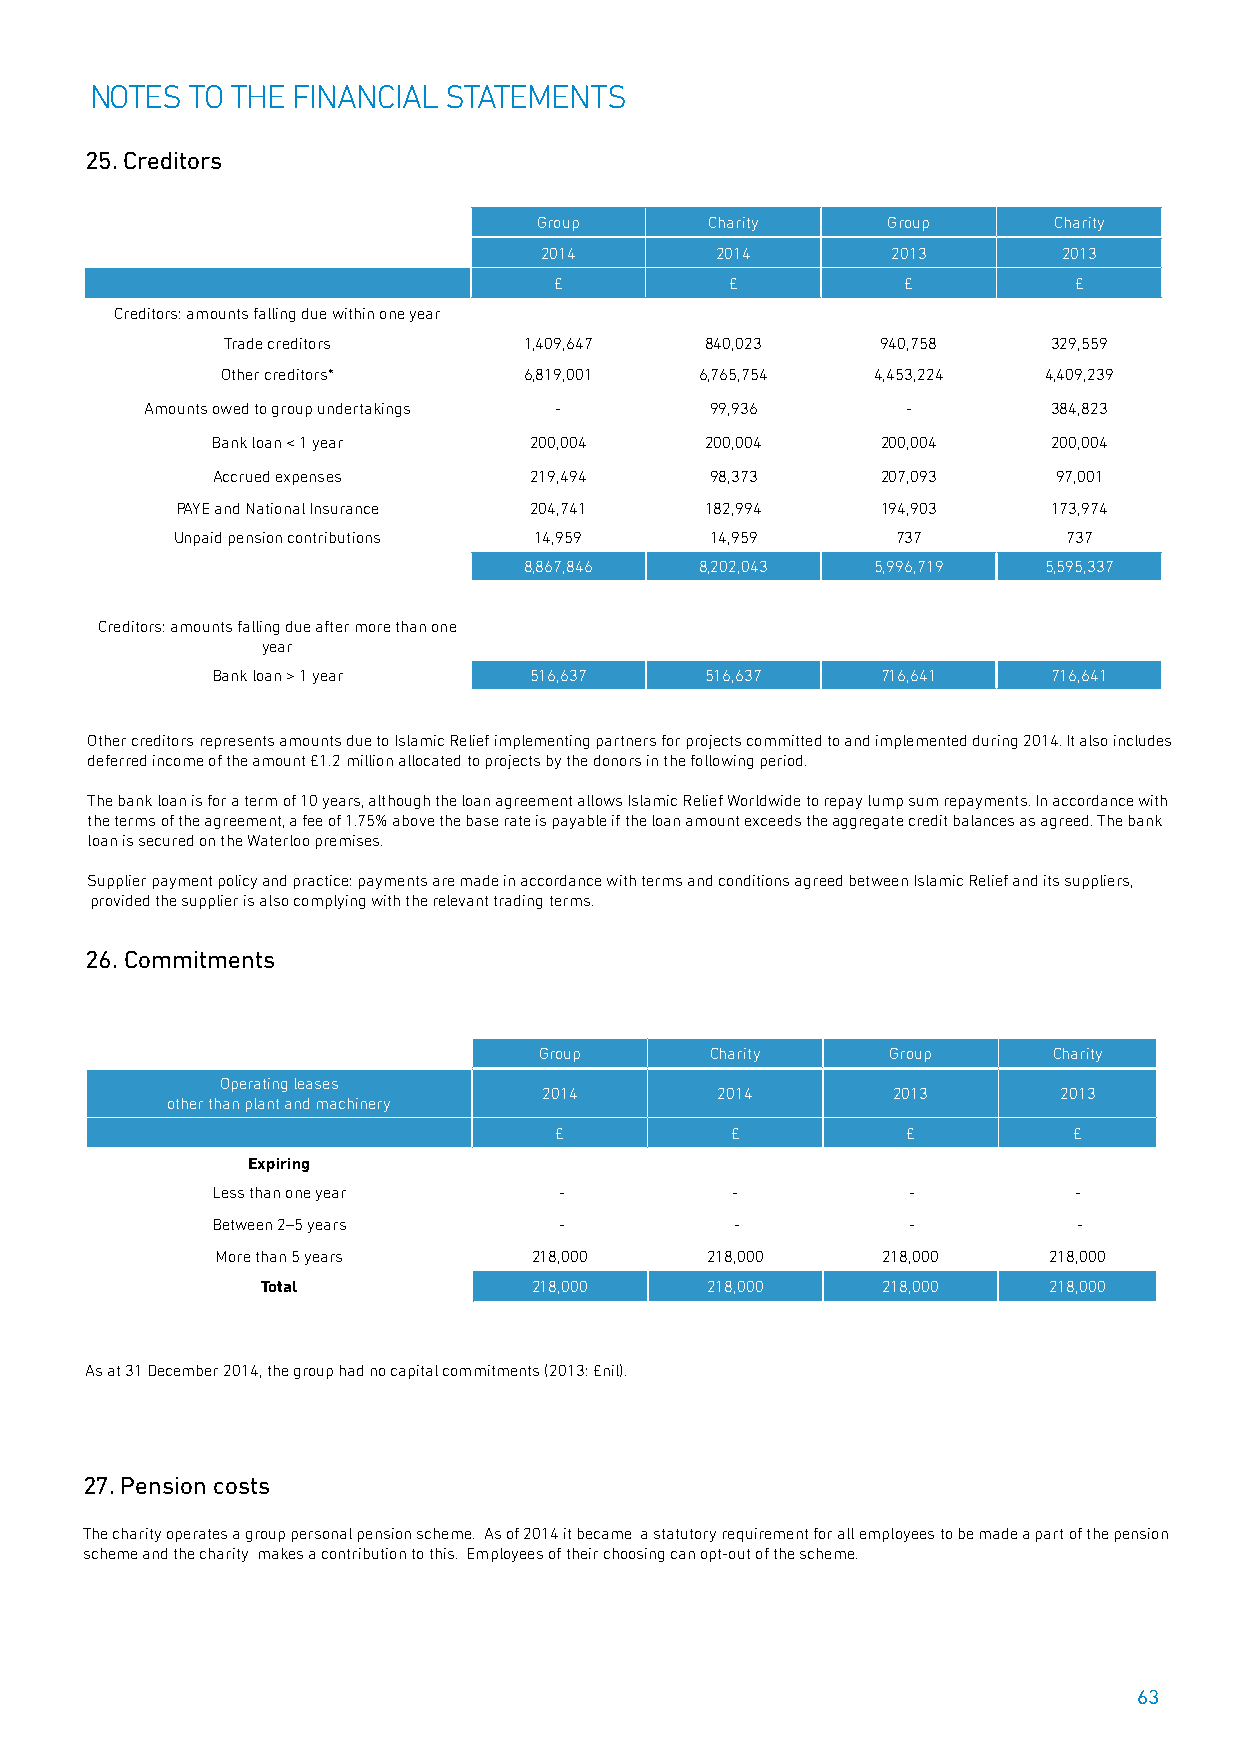
NOTES TO THE FINANCIAL STATEMENTS
 25. Creditors
 Group      Charity     Group      Charity
 2014       2014        2013       2013
 £          £           £          £
 Creditors: amounts falling due within one year
 Trade creditors     1,409,647   840,023    940,758     329,559
 Other creditors*    6,819,001  6,765,754   4,453,224  4,409,239
 Amounts owed to group undertakings - 99,936       -         384,823
 Bank loan < 1 year   200,004     200,004    200,004     200,004
 Accrued expenses     219,494     98,373     207,093     97,001
 PAYE and National Insurance 204,741 182,994   194,903     173,974
 Unpaid pension contributions 14,959 14,959      737         737
 8,867,846  8,202,043   5,996,719  5,595,337
 Creditors: amounts falling due after more than one
 year
 Bank loan > 1 year   516,637     516,637    716,641     716,641
 Other creditors represents amounts due to Islamic Relief implementing partners for projects committed to and implemented during 2014. It also includes
 deferred income of the amount £1.2 million allocated to projects by the donors in the following period.
 The bank loan is for a term of 10 years, although the loan agreement allows Islamic Relief Worldwide to repay lump sum repayments. In accordance with
 the terms of the agreement, a fee of 1.75% above the base rate is payable if the loan amount exceeds the aggregate credit balances as agreed. The bank
 loan is secured on the Waterloo premises.
 Supplier payment policy and practice: payments are made in accordance with terms and conditions agreed between Islamic Relief and its suppliers,
 provided the supplier is also complying with the relevant trading terms.
 26. Commitments
 Group      Charity     Group      Charity
 Operating leases
 2014       2014        2013       2013
 other than plant and machinery
 £          £           £          £
 Expiring
 Less than one year     -          -           -          -
 Between 2–5 years      -           -          -          -
 More than 5 years    218,000     218,000    218,000    218,000
 Total             218,000     218,000    218,000    218,000
 As at 31 December 2014, the group had no capital commitments (2013: £nil).
 27. Pension costs
 The charity operates a group personal pension scheme. As of 2014 it became a statutory requirement for all employees to be made a part of the pension
 scheme and the charity makes a contribution to this. Employees of their choosing can opt-out of the scheme.
 63